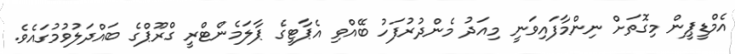
އެމްޑީޕީން މިގޮތަށް ނިންމާފައިވަނީ މިއަދު މެންދުރުފަހު ބޭއްވި އެޕާޓީގެ ޕާލަމެންޓްރީ ގްރޫޕްގެ ބައްދަލުވުމުގައެވެ.